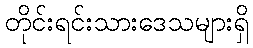
တိုင်းရင်းသားဒေသများရှိ